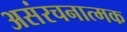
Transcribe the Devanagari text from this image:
असंरचनात्मक